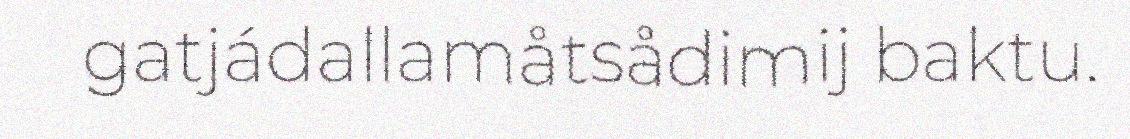
gatjádallamåtsådimij baktu.